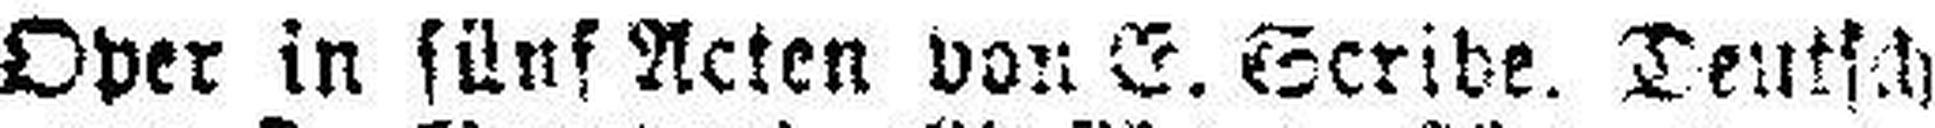
Oper in fünf Acten von E. Seribe. Deutsch